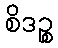
စိဒဉ္စ